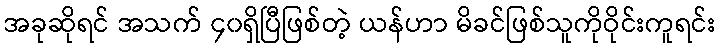
အခုဆိုရင် အသက် ၄၀ရှိပြီဖြစ်တဲ့ ယန်ဟာ မိခင်ဖြစ်သူကိုဝိုင်းကူရင်း